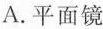
A.平面镜